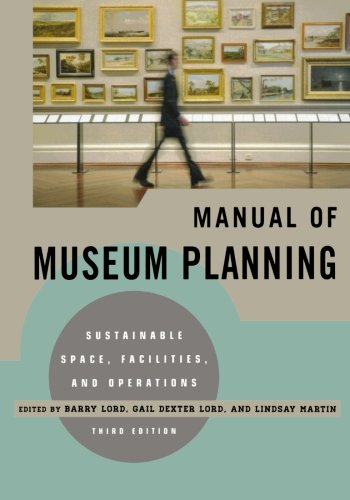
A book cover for Manual of Museum Planning: Sustainable Space, Facilities, and Operations; Business & Money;